Elephants and their diseases
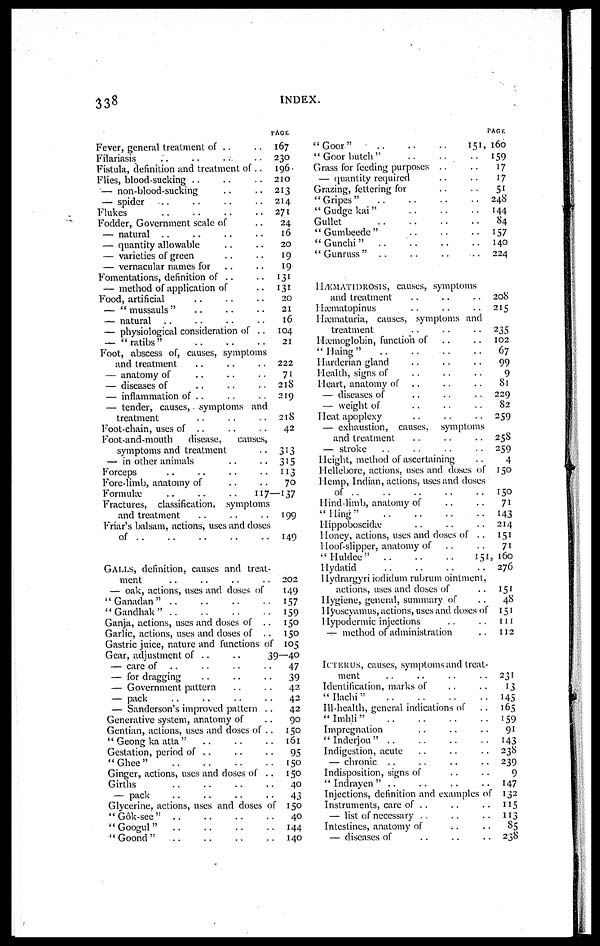
338
INDEX.
Fever, general treatment of ..
Filariasis
Fistula, definition and treatment of..
Flies, blood-sucking ..
— non-blood-sucking
— spider
Flukes
Fodder, Government scale of
— natural
..
— quantity allowable
— varieties of green
— vernacular names for
Fomentations, definition of ..
— method of application of
Food, artificial
— " mussauls"
— natural
— physiological consideration of . .
— "ratibs"
Foot, abscess of, causes, symptoms
and treatment
— anatomy of
— diseases of
— inflammation of ..
— lender, causes, symptoms and
treatment
Foot-chain, uses of
..
Foot-and-mouth
disease,
causes,
symptoms and treatment
— in other animals
Forceps
Fore-limb, anatomy of
Formulæ
Fractures, classification,
symptoms
and treatment
Friar's balsam, actions, uses and doses
of
GALLS, definition, causes and treat-
ment
— oak, actions, uses and doses of
" Ganadan " ..
"Gandhak"
Ganja, actions, uses and doses of
..
Garlic, actions, uses and doses of
..
Gastric juice, nature and functions of
Gear, adjustment of ..
..
— care of
..
— for dragging
— Government pattern
— pack
— Sanderson's improved pattern ..
Generative system, anatomy of
Gentian, actions, uses and doses of ..
" Geong ka atta "
Gestation, period of ..
"Ghee"
Ginger, actions, uses and doses of ..
Girths
-— pack
Glycerine, actions, uses and doses of
" Gok-see"
"Googul"
"Goond"
PAGE
167
230
196
210
213
214
271
24
16
20
19
19
131
131
20
21
16
104
21
222
71
218
219
218
42
313
315
113
70
117—137
199
149
202
149
157
159
150
150
105
39—40
47
39
42
42
42
90
150
161
95
150
150
40
43
150
40
144
140
"Goor"
" Goor butch "
Grass for feeding purposes ..
— quantity required
Grazing, fettering for
"Gripes"
" Gudge kai"
Gullet
'' Gumbeede "
"Gunchi"
..
'' Gunruss "
..
HÆMATIDROSIS, causes, symptoms
and treatment
Hæmatopinus
Hæmaturia, causes, symptoms and
treatment
Hæmoglobin, function of
"Haing"
Harderian gland
Health, signs of
Heart, anatomy of
,.
— diseases of
— weight of
Heat apoplexy
— exhaustion, causes,
symptoms
and treatment
— stroke
Height, method of ascertaining
Hellebore, actions, uses and doses of
Hemp, Indian, actions, uses and doses
of
Hind-limb, anatomy of
"Hing"
Hippoboscidæ
Honey, actions, uses and doses of ..
Hoof-slipper, anatomy of
" Huldee"
..
..
..
Hydatid
Hydrargyri iodidum rubrum ointment,
actions, uses and doses of
Hygiene, general, summary of
Hyoscyamus, actions, uses and doses of
Hypodermic injections
— method of administration
ICTERUS, causes, symptoms and treat-
ment
Identification, marks of
"Ilachi"
Ill-health, general indications of
"Imhli"
Impregnation
" Inderjou " ..
Indigestion, acute
— chronic
Indisposition, signs of
" Indrayen " ..
Injections, definition and examples of
Instruments, care of . .
— list of necessary
Intestines, anatomy of
— diseases of
PAGE
151,160
159
17
17
51
248
144
84
157
140
224
208
215
235
102
67
99
9
81
229
82
259
258
259
4
150
150
71
143
214
151
71
151—160
276
151
48
151
111
112
231
13
145
165
159
91
143
238
239
9
147
132
115
113
85
238